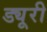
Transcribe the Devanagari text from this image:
ड्यूरी